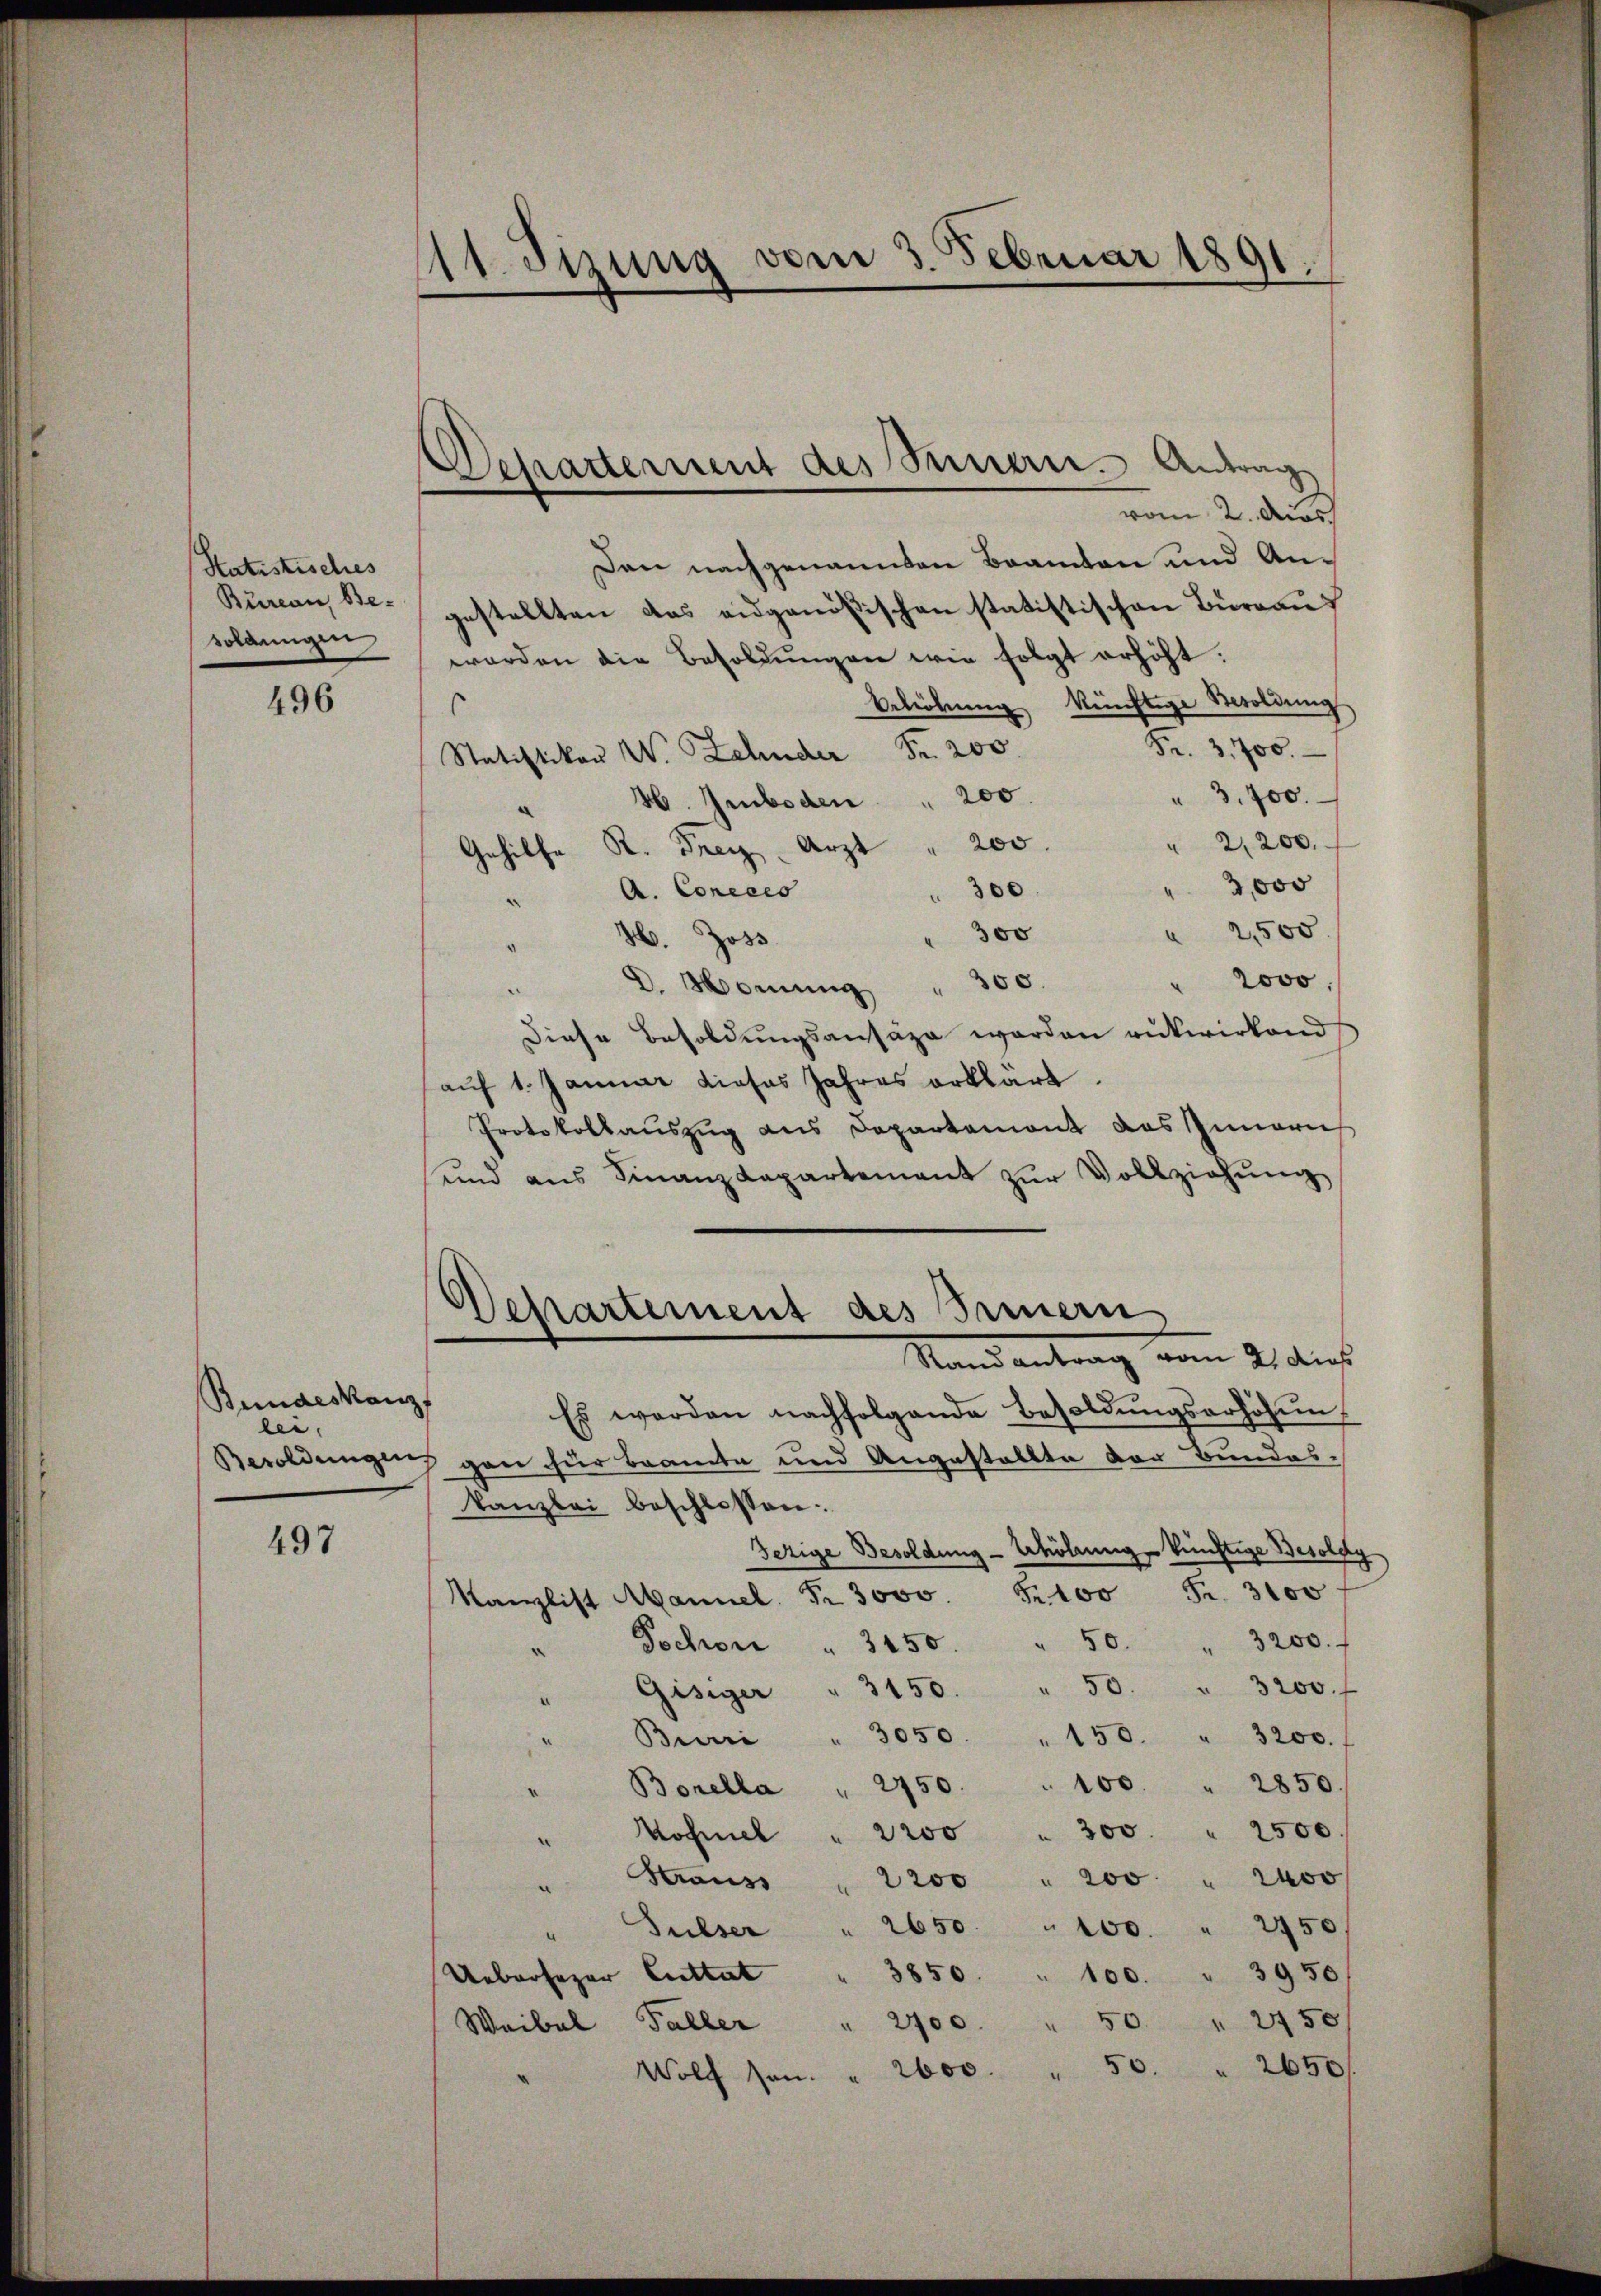
Statistisches
Bureau, Besoldungen

496

Bundeskanz
lei.

497

11. Sizung vom 3. Februar 1891.

Dehatterment des Innern. Antrag

vom 2. Aus
Dan nachgenannten Beamten und An-
gestellten das eidgenößischen statistischen Büreauf
werden die Besoldŭngen wie folgt erhöht.
Beleitung künftige Mesoldung
s
Fr. 3,700.
Statistikon W. Zehnder Fr. 200.
" 3,700.
H. Imboden " 200
" 2,200.
Gehilfe K. Freiz, Arzt " 200.
3,000
300
A. Conceco
.
2,500
350
26. Joss
e
“
2000.
D. Hornung " 300.
.
Diese Besoldungsansäze werden rükwirkend
aŭf 1. Januar dieses Jahres erklärt.
Protokollauszug aus Departement des Innerei
und ans Finanzdepartement zŭr Vollziehŭng
Departement des Innern
Mandantrag vom 9. dies
Es werden nachfolgende Besoldungserhöhung
Besoldungen gan für Beamte und Angestellte der Bundeskanzlei beschlossen:
Tezige Besoldung - Erhöhung künftige Besoldy
Kanzlist Mannel. Fr. 3000. Fr. 100 Fr. 3100
Sochron " 2150. " 50. " 3200.
Gisiger " 3150. " 50. " 3200. f
Burri " 3050 " 150. " 3200.
100 " 2850.
Borella 2750.
Kofmel " 2200 " 300 " 2500.
.
Straus 2200 " 200 " 2400
.
Sulser " 2650 " 100. " 2450
Uebersager Catta " 350 " 100 " 3950
Weibel Faller " 2700 " 50 " 2450
50 " 2650/
2000.
.
Wolch sei.